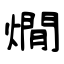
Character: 燗